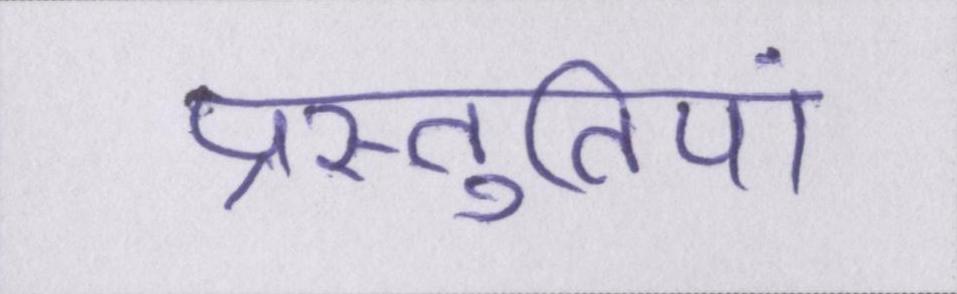
प्रस्तुतियां